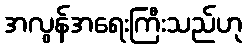
အလွန်အရေးကြီးသည်ဟု